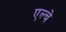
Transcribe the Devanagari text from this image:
एल्चे